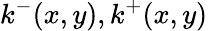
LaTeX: k^{-}(x,y),k^{+}(x,y)